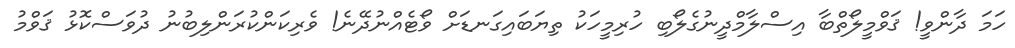
ހަމަ ދާންވީ! ޤަވްމީލޯތްބާ އިސްލާމްދީނުގެލޯބި ހުރިމީހަކު ތިޔަބައިގަނޑަށް ވޯޓެއްނުދޭނެ! ވެރިކަންކުރަންލިބުނު ދުވަސްކޮޅު ޤަވްމު